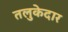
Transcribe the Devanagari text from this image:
तलुकेदार